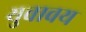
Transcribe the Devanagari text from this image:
युवावय